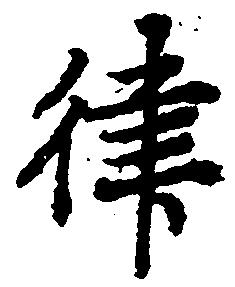
律